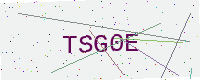
Text: TSG0E